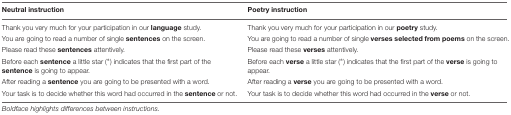
| Neutral instruction | Poetry instruction |
 | --- | --- |
 | Thank you very much for your participation in our language study. | Thank you very much for your participation in our poetry study. |
 | You are going to read a number of single sentences on the screen. | You are going to read a number of single verses selected from poems on the screen. |
 | Please read these sentences attentively. | Please read these verses attentively. |
 | Before each sentence a little star (∗) indicates that the first part of the sentence is going to appear. | Before each verse a little star (∗) indicates that the first part of the verse is going to appear. |
 | After reading a sentence you are going to be presented with a word. | After reading a verse you are going to be presented with a word. |
 | Your task is to decide whether this word had occurred in the sentence or not. | Your task is to decide whether this word had occurred in the verse or not. |